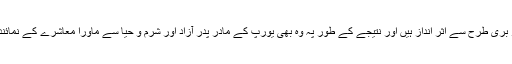
ان کے ذہنوں پہ مغربی اقدار بری طرح سے اثر انداز ہیں اور نتیجے کے طور پہ وہ بھی یورپ کے مادر پدر آزاد اور شرم و حیا سے ماورا معاشرے کے نمائندے سمجھے جانے لگے ہیں۔